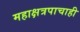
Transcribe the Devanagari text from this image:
महाक्षत्रपाचाही